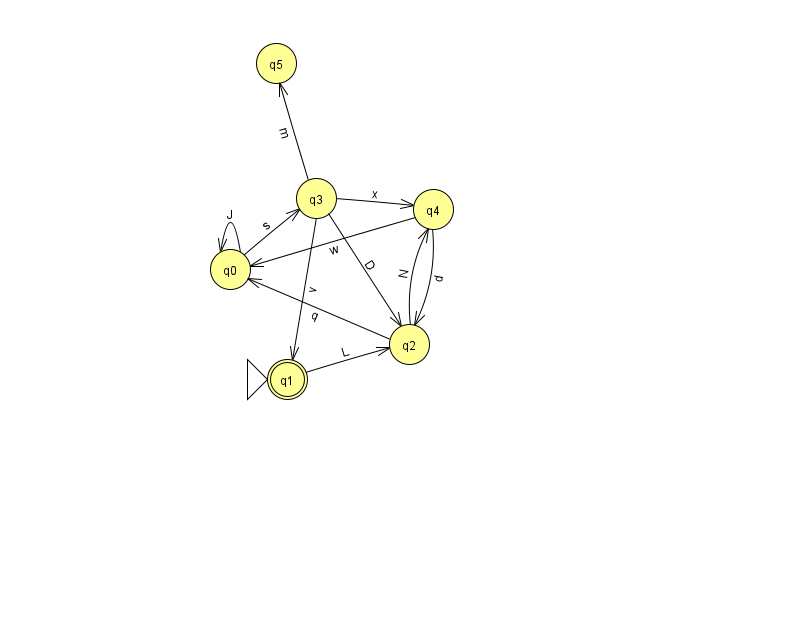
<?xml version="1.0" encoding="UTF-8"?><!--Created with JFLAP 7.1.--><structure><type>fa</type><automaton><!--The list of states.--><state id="0" name="q0"><x>230.0</x><y>256.0</y></state><state id="1" name="q1"><x>287.0</x><y>366.0</y><initial/><final/></state><state id="2" name="q2"><x>409.0</x><y>331.0</y></state><state id="3" name="q3"><x>316.0</x><y>185.0</y></state><state id="4" name="q4"><x>433.0</x><y>196.0</y></state><state id="5" name="q5"><x>276.0</x><y>50.0</y></state><!--The list of transitions.--><transition><from>4</from><to>2</to><read>d</read></transition><transition><from>0</from><to>3</to><read>s</read></transition><transition><from>1</from><to>2</to><read>L</read></transition><transition><from>2</from><to>0</to><read>q</read></transition><transition><from>3</from><to>2</to><read>D</read></transition><transition><from>4</from><to>0</to><read>w</read></transition><transition><from>0</from><to>0</to><read>J</read></transition><transition><from>2</from><to>4</to><read>N</read></transition><transition><from>3</from><to>1</to><read>v</read></transition><transition><from>3</from><to>5</to><read>m</read></transition><transition><from>3</from><to>4</to><read>x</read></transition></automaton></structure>